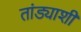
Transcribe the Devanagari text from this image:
तांड्याशी